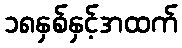
၁၈နှစ်နှင့်အထက်